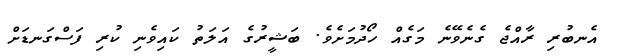
އެނބުރި ރާއްޖެ ގެނެވޭނެ މަގެއް ހޯދުމަށެވެ. ބަޝީރުގެ އަލަތު ކައިވެނި ކުރި ފަސްގަނޑަށް